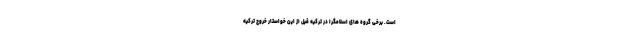
است. برخی گروه های اسلامگرا در ترکیه قبل از این خواستار خروج ترکیه